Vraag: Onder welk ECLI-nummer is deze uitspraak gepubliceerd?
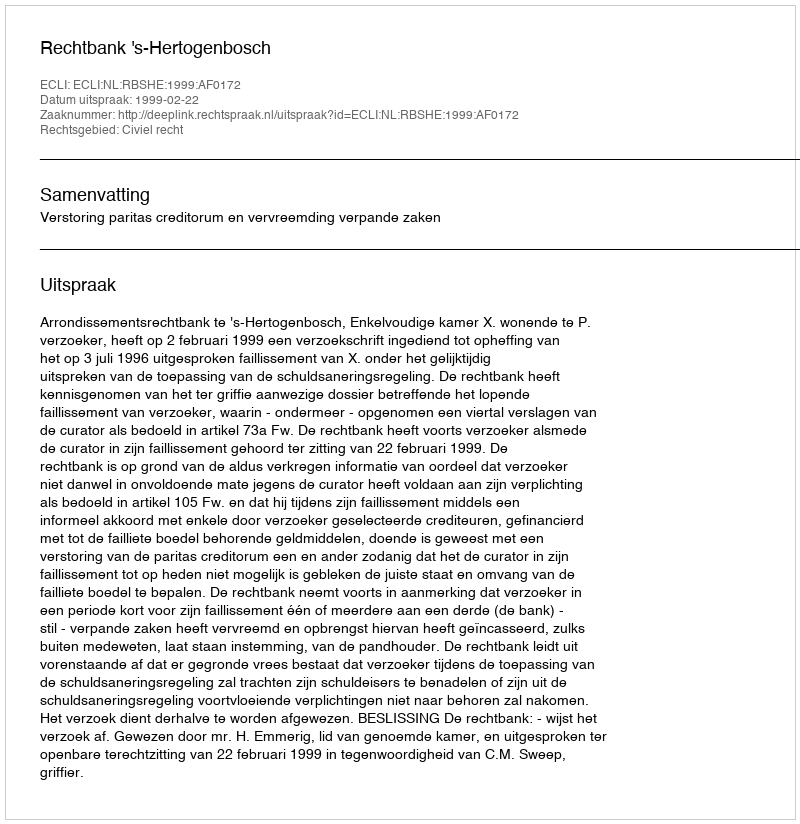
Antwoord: ECLI:NL:RBSHE:1999:AF0172